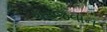
ગરજવાન